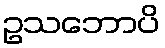
ဥသဘောပိ